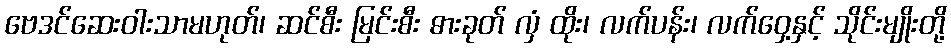
ဗေဒင်ဆေးဝါးသာမဟုတ်၊ ဆင်စီး မြင်းစီး ဓားခုတ် လှံ ထိုး၊ လက်ပန်း၊ လက်ဝှေ့နှင့် သိုင်းမျိုးတို့